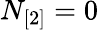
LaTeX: N_{[2]}=0